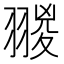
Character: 翪